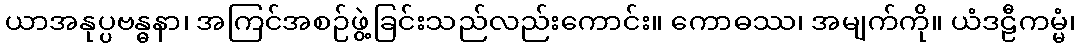
ယာအနုပ္ပဗန္ဓနာ၊ အကြင်အစဉ်ဖွဲ့ခြင်းသည်လည်းကောင်း။ ကောဓဿ၊ အမျက်ကို။ ယံဒဠီကမ္မံ၊